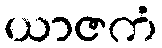
ယာဇကံ